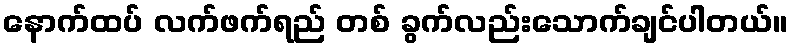
နောက်ထပ် လက်ဖက်ရည် တစ် ခွက်လည်းသောက်ချင်ပါတယ်။